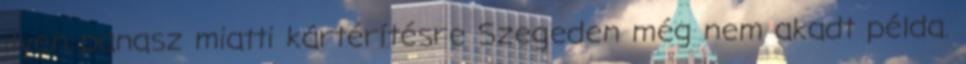
ilyen panasz miatti kártérítésre Szegeden még nem akadt példa.